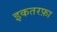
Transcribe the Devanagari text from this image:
इकतरफ़ा